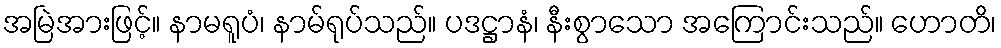
အမြဲအားဖြင့်။ နာမရူပံ၊ နာမ်ရုပ်သည်။ ပဒဋ္ဌာနံ၊ နီးစွာသော အကြောင်းသည်။ ဟောတိ၊